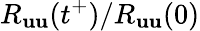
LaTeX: R_{\mathbf{u}\mathbf{u}}(t^{+})/R_{\mathbf{u}\mathbf{u}}(0)